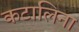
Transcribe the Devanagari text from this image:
कटालिना